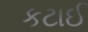
કટાઈ